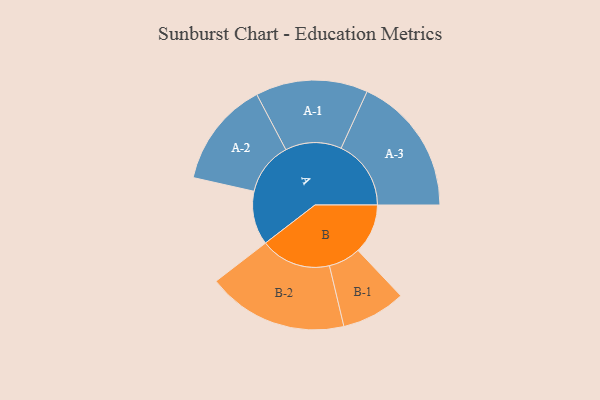
{"axis": {"x": "Segment", "y": "Value"}, "legend": ["", "A", "B"], "data": [{"x": "A", "y": 206, "type": ""}, {"x": "B", "y": 191, "type": ""}, {"x": "A-1", "y": 215, "type": "A"}, {"x": "A-2", "y": 203, "type": "A"}, {"x": "A-3", "y": 268, "type": "A"}, {"x": "B-1", "y": 123, "type": "B"}, {"x": "B-2", "y": 270, "type": "B"}]}